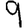
Digit: 9